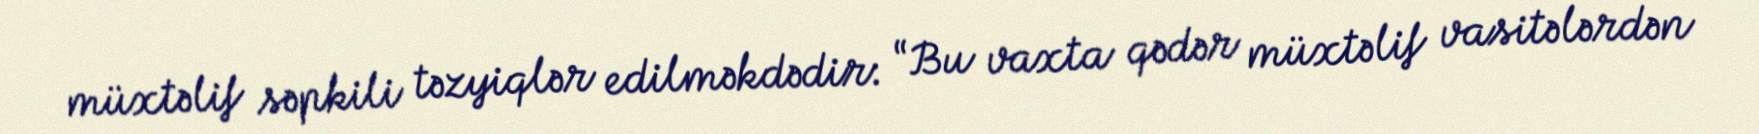
müxtəlif səpkili təzyiqlər edilməkdədir: “Bu vaxta qədər müxtəlif vasitələrdən